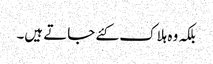
بلکہ وہ ہلاک کئے جاتے ہیں۔